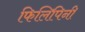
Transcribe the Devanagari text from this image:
फिलिपिनी